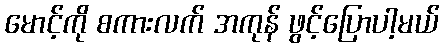
မောင့်ကို စကားလက် အကုန် ဖွင့်ပြောပါ့မယ်